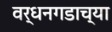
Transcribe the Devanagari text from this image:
वर्धनगडाच्या